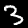
Digit: 3